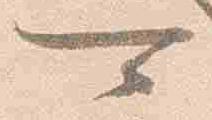
可